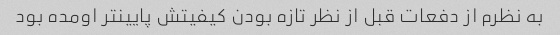
به نظرم از دفعات قبل از نظر تازه بودن کیفیتش پایینتر اومده بود